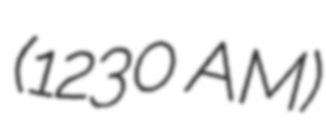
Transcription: (1230 AM)